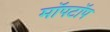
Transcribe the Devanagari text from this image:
मॉपटॉप